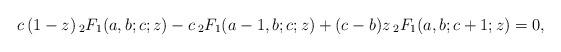
LaTeX: \begin{align*}c\, (1-z)\, {}_2 F_1 (a,b;c;z) - c \, {}_2 F_1 (a-1,b;c;z) + (c-b)z \, {}_2 F_1 (a,b;c+1;z) = 0, \end{align*}